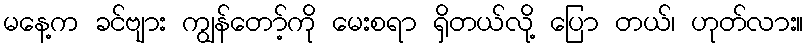
မနေ့က ခင်ဗျား ကျွန်တော့်ကို မေးစရာ ရှိတယ်လို့ ပြော တယ်၊ ဟုတ်လား။